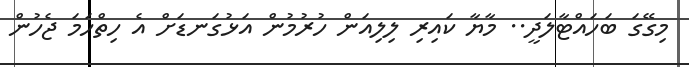
މިގޭގަ ބަހައްޓާލަދީ.. މާޔާ ކައިރި ލިލިއަން ހުރުމުން އަޅުގަނޑަށް އެ ހިތްހަމަ ޖެހުން